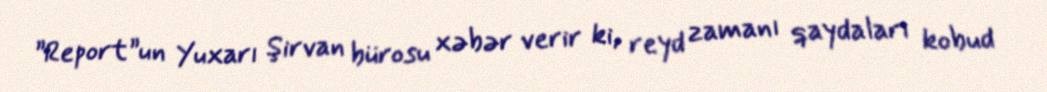
”Report”un Yuxarı Şirvan bürosu xəbər verir ki, reyd zamanı qaydaları kobud